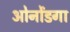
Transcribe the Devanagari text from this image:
ओनोंडगा